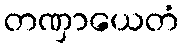
တဏှာယေတံ